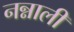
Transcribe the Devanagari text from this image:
नन्नाली